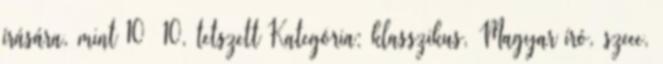
írására, mint 10 10, tetszett Kategória: klasszikus, Magyar író, szeee,